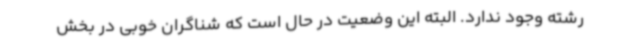
رشته وجود ندارد. البته این وضعیت در حال است که شناگران خوبی در بخش